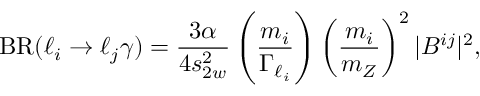
{ \mathrm { B R } } ( \ell _ { i } \to \ell _ { j } \gamma ) = \frac { 3 \alpha } { 4 s _ { 2 w } ^ { 2 } } \left( \frac { m _ { i } } { \Gamma _ { \ell _ { i } } } \right) \left( \frac { m _ { i } } { m _ { Z } } \right) ^ { 2 } | B ^ { i j } | ^ { 2 } ,